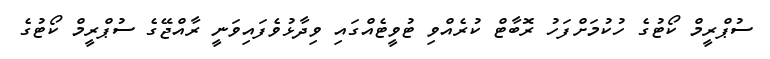
ސުޕްރީމް ކޯޓުގެ ހުކުމަށްފަހު ރޮބާާޓް ކުރެއްވި ޓުވީޓެއްގައި ވިދާޅުވެފައިވަނީ ރާއްޖޭގެ ސުޕްރީމް ކޯޓުގެ